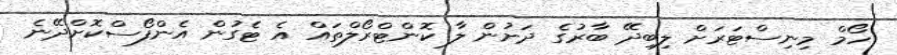
ހޯމް މިނިސްޓަރަށް ލިބިދޭ ބާރުގެ ދަށުން ލާ ކޮންޓްރޯލްތައް އެ ޓެގުން އެންފޯސްކޮށްދޭނެ